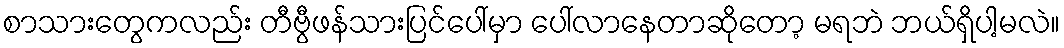
စာသားတွေကလည်း တီဗွီဖန်သားပြင်ပေါ်မှာ ပေါ်လာနေတာဆိုတော့ မရဘဲ ဘယ်ရှိပါ့မလဲ။